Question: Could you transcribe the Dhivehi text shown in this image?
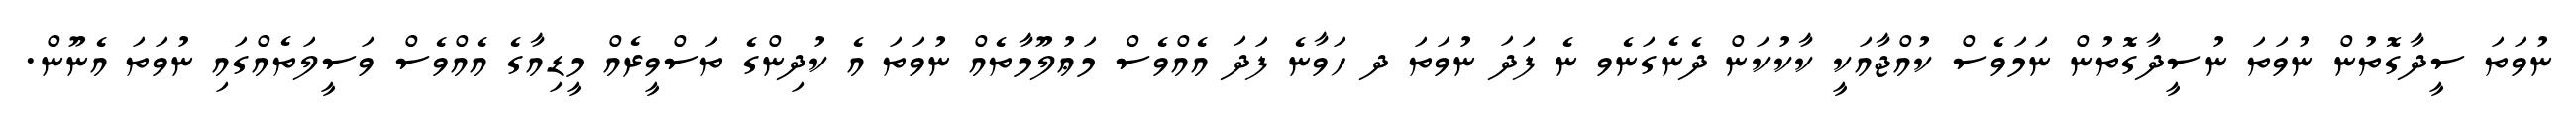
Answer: ނުވަތަ ސީދާގޮތުން ނުވަތަ ނުސީދާގޮތުން ނަމަވެސް ކުއްޖާއަކީ ކާކުކަން ދެނެގަނެވ ނެ ފަދަ ނުވަތަ ދ ހަވާނެ ފަދަ އެއްވެސް މަޢުލޫމާތެއް ނުވަތަ އެ ކުދިންގެ ތަސްވީރެއް މީޑިއާގެ އެއްވެސް ވަސީލަތެއްގައި ނުވަތަ އެނޫން.